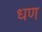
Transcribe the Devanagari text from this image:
धण